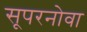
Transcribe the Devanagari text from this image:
सूपरनोवा